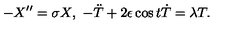
- X ^ { \prime \prime } = \sigma X , \ - \ddot { T } + 2 \epsilon \cos t \dot { T } = \lambda T .